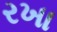
રખા